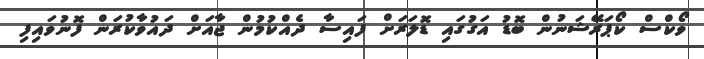
ވޯކްސް ކޯޕަރޭޝަނުން ބޮޑު އަގުގައި ޑޮލަރަށް ފައިސާ ދެއްކުމުން ޖާއަށް ދައުވާކުރަން ފޮނުވައިފި